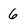
Character: 6